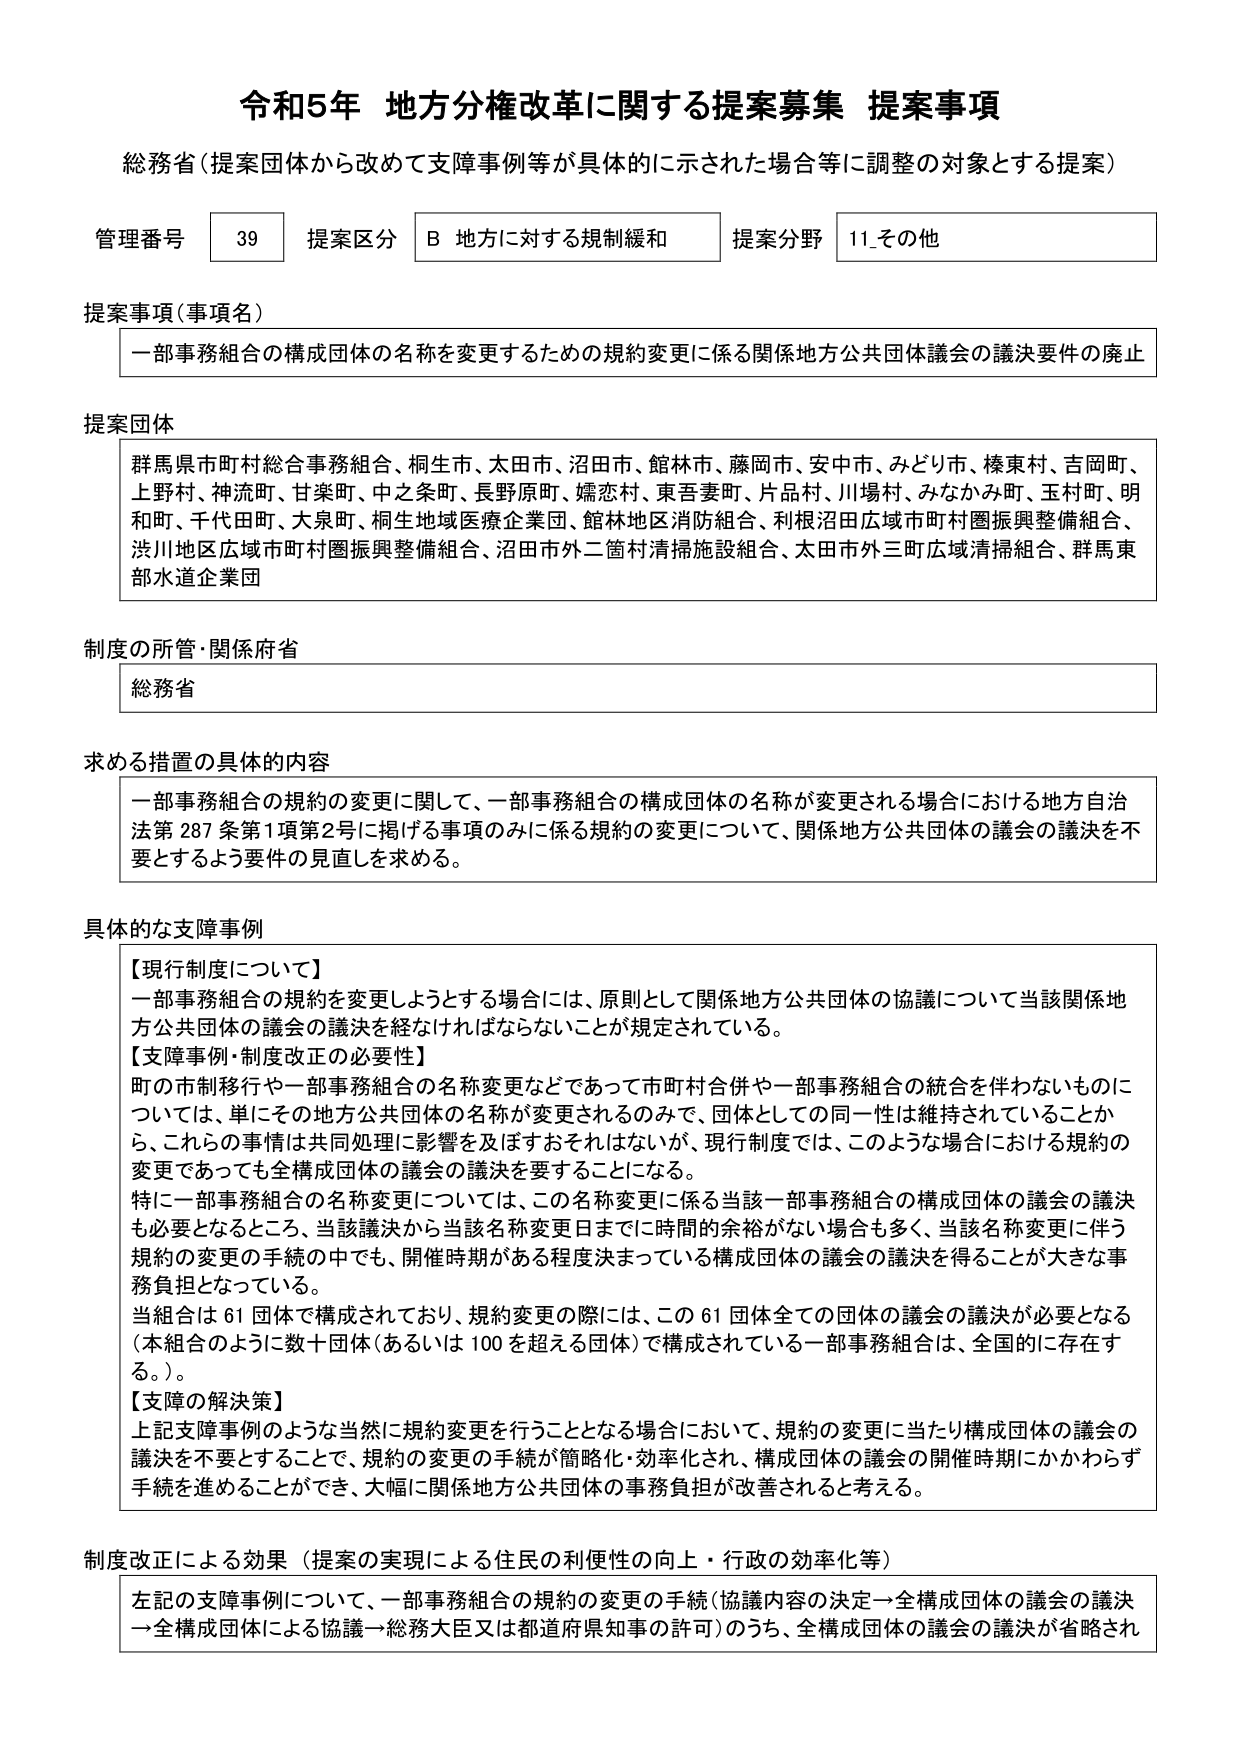
令和5年 地方分権改革に関する提案募集 提案事項
総務省（提案団体から改めて支障事例等が具体的に示された場合等に調整の対象とする提案）

管理番号 39 提案区分 B 地方に対する規制緩和 提案分野 11_その他

提案事項（事項名）
一部事務組合の構成団体の名称を変更するための規約変更に係る関係地方公共団体議会の議決要件の廃止

提案団体
群馬県市町村総合事務組合、桐生市、太田市、沼田市、館林市、藤岡市、安中市、みどり市、榛東村、吉岡町、上野村、神流町、甘楽町、中之条町、長野原町、嬬恋村、東吾妻町、片品村、川場村、みなかみ町、玉村町、明和町、千代田町、大泉町、桐生地域医療企業団、館林地区消防組合、利根沼田広域市町村圏振興整備組合、渋川地区広域市町村圏振興整備組合、沼田市外二箇村清掃施設組合、太田市外三町広域清掃組合、群馬東部水道企業団

制度の所管・関係府省
総務省

求める措置の具体的内容
一部事務組合の規約の変更に関して、一部事務組合の構成団体の名称が変更される場合における地方自治法第287条第1項第2号に掲げる事項のみに係る規約の変更について、関係地方公共団体の議会の議決を不要とするよう要件の見直しを求める。

具体的な支障事例
【現行制度について】
一部事務組合の規約を変更しようとする場合には、原則として関係地方公共団体の協議について当該関係地方公共団体の議会の議決を経なければならないことが規定されている。
【支障事例・制度改正の必要性】
町の市制移行や一部事務組合の名称変更などであって市町村合併や一部事務組合の統合を伴わないものについては、単にその地方公共団体の名称が変更されるのみで、団体としての同一性は維持されていることから、これらの事情は共同処理に影響を及ぼすおそれはないが、現行制度では、このような場合における規約の変更であっても全構成団体の議会の議決を要することになる。
特に一部事務組合の名称変更については、この名称変更に係る当該一部事務組合の構成団体の議会の議決も必要となるところ、当該議決から当該名称変更日までに時間的余裕がない場合も多く、当該名称変更に伴う規約の変更の手続の中でも、開催時期がある程度決まっている構成団体の議会の議決を得ることが大きな事務負担となっている。
当組合は61団体で構成されており、規約変更の際には、この61団体全ての団体の議会の議決が必要となる（本組合のように数十団体（あるいは100を超える団体）で構成されている一部事務組合は、全国的に存在する。）。
【支障の解決策】
上記支障事例のような当然に規約変更を行うこととなる場合において、規約の変更に当たり構成団体の議会の議決を不要とすることで、規約の変更の手続が簡略化・効率化され、構成団体の議会の開催時期にかかわらず手続を進めることができ、大幅に関係地方公共団体の事務負担が改善されると考える。

制度改正による効果（提案の実現による住民の利便性の向上・行政の効率化等）
左記の支障事例について、一部事務組合の規約の変更の手続（協議内容の決定→全構成団体の議会の議決→全構成団体による協議→総務大臣又は都道府県知事の許可）のうち、全構成団体の議会の議決が省略され